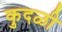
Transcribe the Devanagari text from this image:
कुदळी